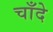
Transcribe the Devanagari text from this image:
चाँदे